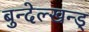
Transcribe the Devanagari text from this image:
बुन्देल्खन्ड्